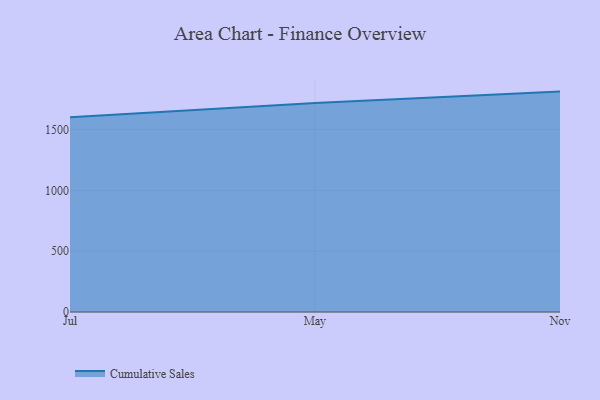
{"axis": {"x": "Month", "y": "Gross Profit (USD K)"}, "legend": ["Cumulative Sales"], "data": [{"x": "Jul", "y": 1600.2, "type": "Cumulative Sales"}, {"x": "May", "y": 1717.2, "type": "Cumulative Sales"}, {"x": "Nov", "y": 1811.2, "type": "Cumulative Sales"}]}